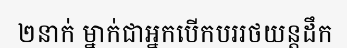
២នាក់ ម្នាក់ជាអ្នកបើកបររថយន្តដឹក